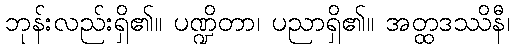
ဘုန်းလည်းရှိ၏။ ပဏ္ဍိတာ၊ ပညာရှိ၏။ အတ္ထဒဿိနီ၊